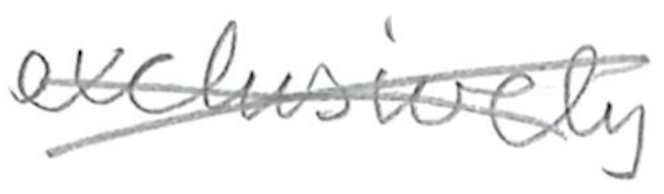
Text: exclusively
Cross-out: cross
Writing tool: pencil